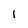
Character: 1